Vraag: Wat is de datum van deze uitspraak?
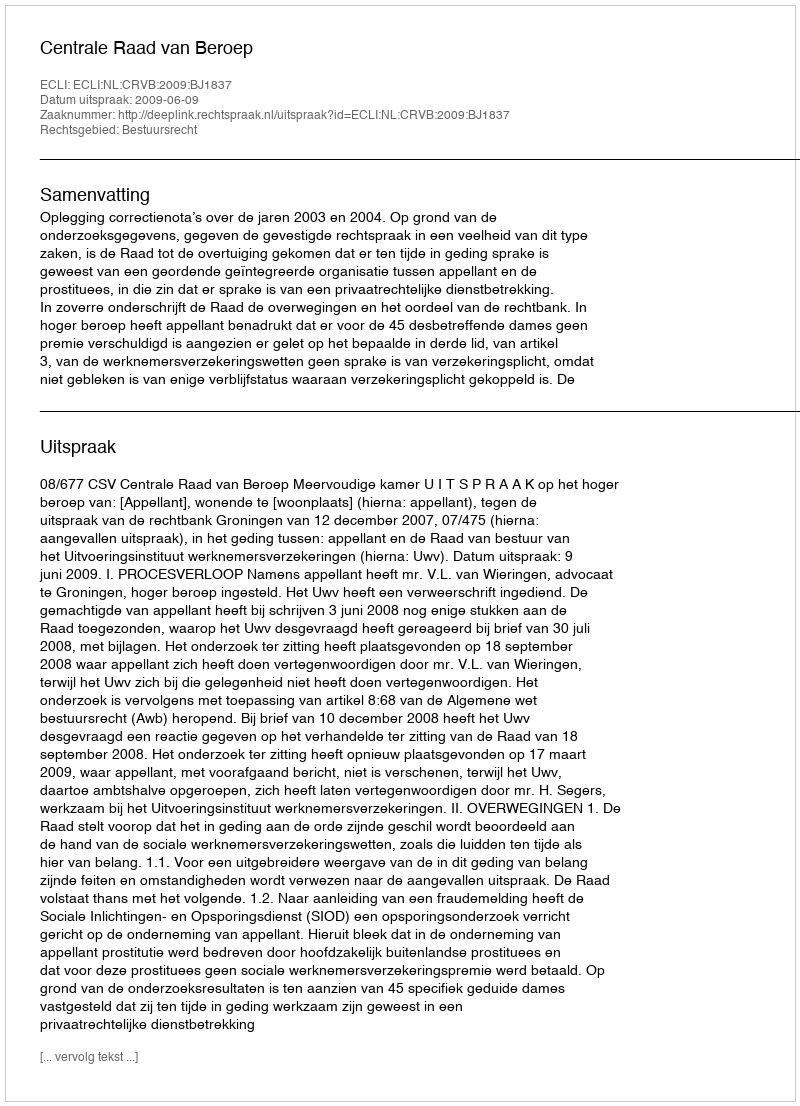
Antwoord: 2009-06-09